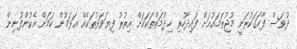
ދުވަސް ފާހަގަކުރަނީ މުޖުތަމައުއަށް ފައިދާހުރި ޚިދުމަތްތަކަކަށް އިތުރު ފިޔަވަޅުތަކެއް އަޅަމުން ކަމަށް އެކުންފުނިން